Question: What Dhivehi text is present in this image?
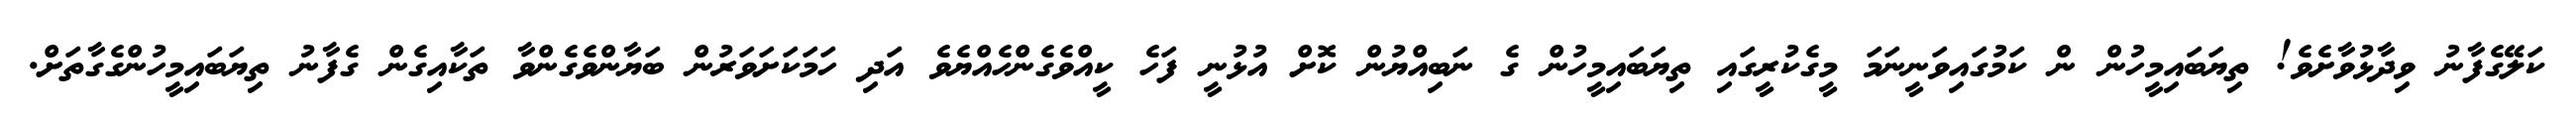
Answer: ކަލޭގެފާނު ވިދާޅުވާށެވެ! ތިޔަބައިމީހުން ން ކަމުގައިވަނީނަމަ މީގެކުރީގައި ތިޔަބައިމީހުން ގެ ނަބިއްޔުން ކޮށް އުޅުނީ ފަހެ ކީއްވެގެންހެއްޔެވެ އަދި ހަމަކަށަވަރުން ބަޔާންވެގެންވާ ތަކާއިގެން ގެފާނު ތިޔަބައިމީހުންގެގާތަށް.